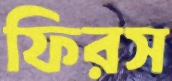
ফিরস